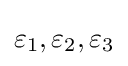
\varepsilon _{1},\varepsilon _{2},\varepsilon _{3}